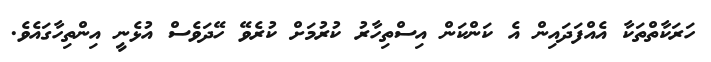
ހަރަކާތްތަކާ އެއްފަދައިން އެ ކަންކަން އިސްތިހާރު ކުރުމަށް ކުރެވޭ ހޭދަވެސް އުޅެނީ އިންތިހާގައެވެ.